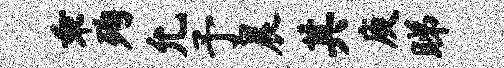
乖殉允予晨其庾睇